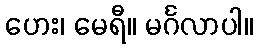
ဟေး၊ မေရီ။ မင်္ဂလာပါ။